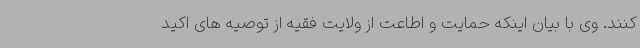
کنند. وی با بیان اینکه حمایت و اطاعت از ولایت فقیه از توصیه های اکید